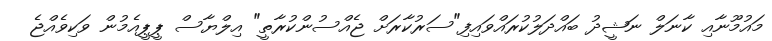
މައުމޫނާއި ކާނަލް ނަޝީދު ބައްދަލުކުރައްވައިފި"ސަރުކާރަށް ޖެއްސުންކުރާތީ" އިލްޔާސް ޕީޕީއެމުން ވަކިވެއްޖެ